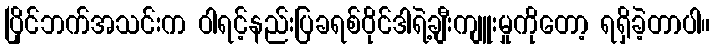
ပြိုင်ဘက်အသင်းက ဝါရင့်နည်းပြခရစ်ဝိုင်ဒါရဲ့ချီးကျူးမှုကိုတော့ ရရှိခဲ့တာပါ။